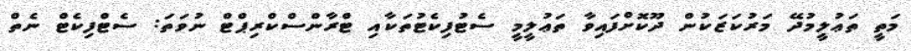
މަތީ ތަޢުލީމުދޭ މަރުކަޒަކުން ދޫކޮށްފައިވާ ތަޢުލީމީ ސެޓުފިކެޓުތަކާއި ޓްރާންސްކްރިޕްޓް ނުވަތަ: ސެޓްފިކެޓް ނެތް